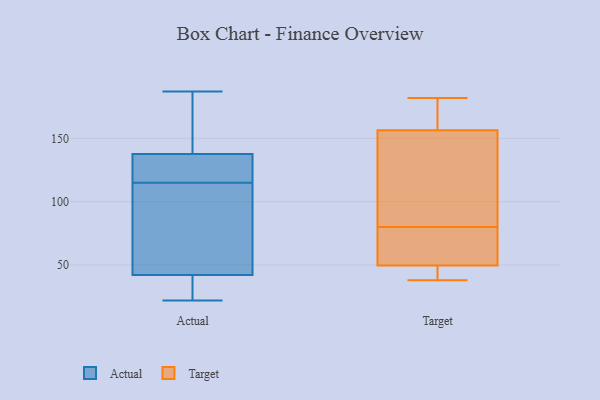
{"axis": {"x": "Bounce Rate (%)", "y": "Value"}, "legend": ["Actual", "Target"], "data": [{"x": "", "y": 115, "type": "Actual"}, {"x": "", "y": 31, "type": "Actual"}, {"x": "", "y": 128, "type": "Actual"}, {"x": "", "y": 171, "type": "Actual"}, {"x": "", "y": 187, "type": "Actual"}, {"x": "", "y": 113, "type": "Actual"}, {"x": "", "y": 22, "type": "Actual"}, {"x": "", "y": 88, "type": "Actual"}, {"x": "", "y": 75, "type": "Actual"}, {"x": "", "y": 131, "type": "Actual"}, {"x": "", "y": 140, "type": "Actual"}, {"x": "", "y": 25, "type": "Actual"}, {"x": "", "y": 123, "type": "Actual"}, {"x": "", "y": 156, "type": "Actual"}, {"x": "", "y": 24, "type": "Actual"}, {"x": "", "y": 76, "type": "Target"}, {"x": "", "y": 107, "type": "Target"}, {"x": "", "y": 72, "type": "Target"}, {"x": "", "y": 96, "type": "Target"}, {"x": "", "y": 173, "type": "Target"}, {"x": "", "y": 182, "type": "Target"}, {"x": "", "y": 38, "type": "Target"}, {"x": "", "y": 42, "type": "Target"}, {"x": "", "y": 42, "type": "Target"}, {"x": "", "y": 180, "type": "Target"}, {"x": "", "y": 80, "type": "Target"}]}